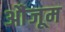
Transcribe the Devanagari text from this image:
औंजूम